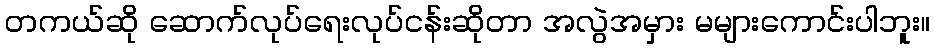
တကယ်ဆို ဆောက်လုပ်ရေးလုပ်ငန်းဆိုတာ အလွဲအမှား မများကောင်းပါဘူး။